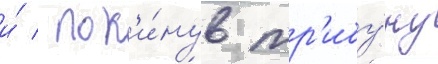
и́ / пок'и́нув тр'ибу́ну